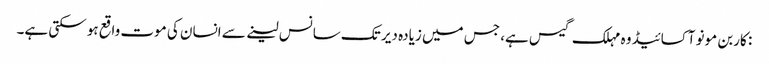
: کاربن مونو آکسائیڈ وہ مہلک گیس ہے، جس میں زیادہ دیر تک سانس لینے سے انسان کی موت واقع ہو سکتی ہے۔